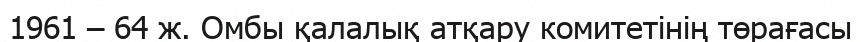
1961 – 64 ж. Омбы қалалық атқару комитетінің төрағасы